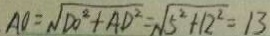
A O = \sqrt { D O ^ { 2 } + A D ^ { 2 } } = \sqrt { 5 ^ { 2 } + 1 2 ^ { 2 } } = 1 3